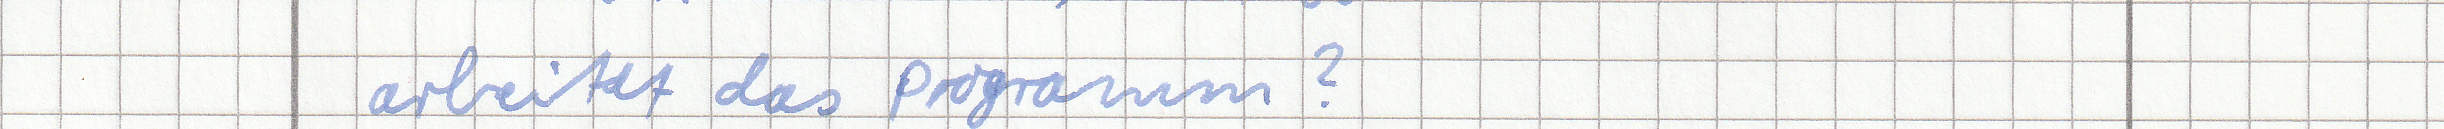
arbeitet das Programm?